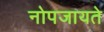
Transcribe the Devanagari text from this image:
नोपजायते